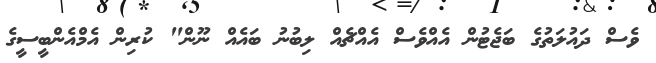
ވެސް ދައުލަތުގެ ބަޖެޓުން އެއްވެސް އެއްޗެއް ލިބުނު ބައެއް ނޫން" ކުރިން އެމްއެންބީސީގެ